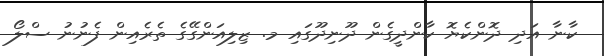
ކާނާ އަދި ދޮންކެޔޮ ކާންދީގެން ދޫނިދޫގައި މ. ޒިލިއަންގޭގެ ތެރެއިން ފެނުނު ސްލޯ